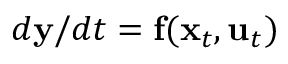
d \mathbf y / d t = \mathbf f ( \mathbf x _ { t } , \mathbf u _ { t } )